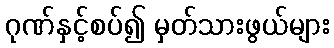
ဂုဏ်နှင့်စပ်၍ မှတ်သားဖွယ်များ